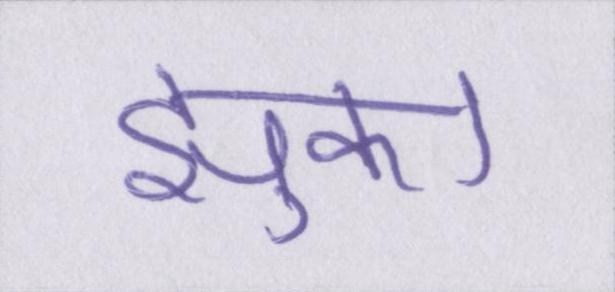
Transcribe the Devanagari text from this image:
झुका